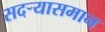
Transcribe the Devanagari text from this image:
सदर्‍यासमान